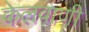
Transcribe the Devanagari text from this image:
केलवाणी